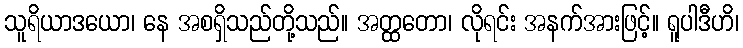
သူရိယာဒယော၊ နေ အစရှိသည်တို့သည်။ အတ္ထတော၊ လိုရင်း အနက်အားဖြင့်။ ရူပါဒီဟိ၊